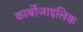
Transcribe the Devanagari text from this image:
कार्बोजाइलिक